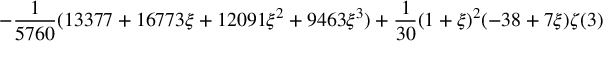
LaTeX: \displaystyle - \frac { 1 } { 5 7 6 0 } ( 1 3 3 7 7 + 1 6 7 7 3 \xi + 1 2 0 9 1 \xi ^ { 2 } + 9 4 6 3 \xi ^ { 3 } ) + \frac { 1 } { 3 0 } ( 1 + \xi ) ^ { 2 } ( - 3 8 + 7 \xi ) \zeta ( 3 )